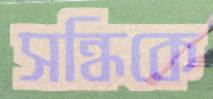
সন্ধিকে